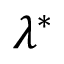
\lambda ^ { * }